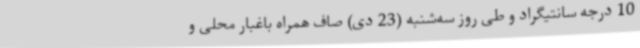
10 درجه سانتیگراد و طی روز سه‌شنبه (23 دی) صاف همراه باغبار محلی و